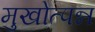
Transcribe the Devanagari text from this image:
मुखोत्पन्न